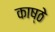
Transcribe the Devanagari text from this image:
काष्ठे